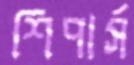
শিপার্স